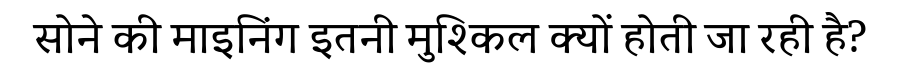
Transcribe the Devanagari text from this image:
सोने की माइनिंग इतनी मुश्किल क्यों होती जा रही है?